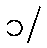
၁/